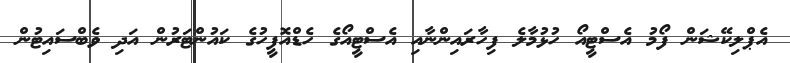
އެޕްލިކޭޝަން ފޯމު އެސްޓީއޯ ހުޅުމާލެ ފިހާރައިންނާއި އެސްޓީއޯގެ ހެޑްއޮފީހުގެ ކައުންޓަރުން އަދި ވެބްސައިޓުން